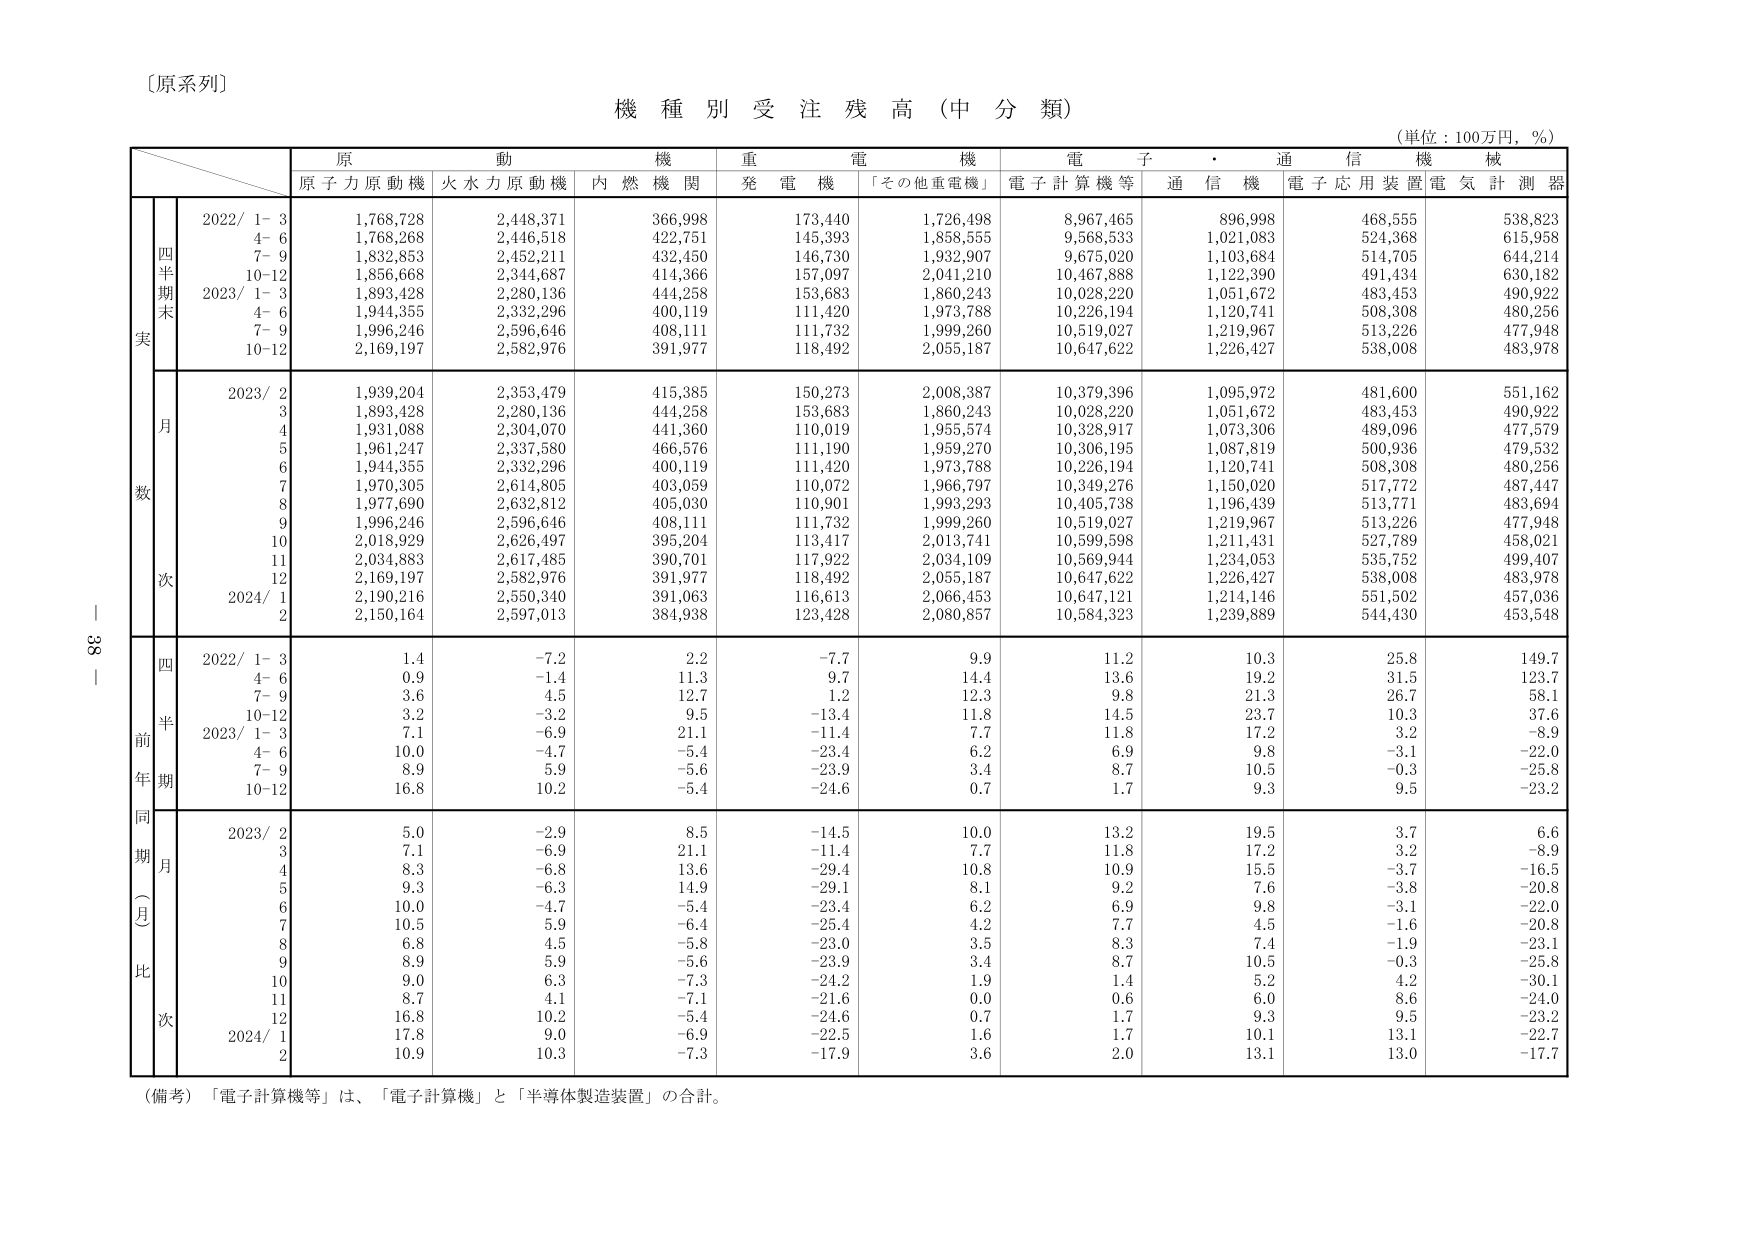
〔原系列〕

機種別受注残高（中分類）

（単位：100万円，％）

原動機　重電機　電子・通信機械
原子力原動機　火水力原動機　内燃機関　発電機　「その他重電機」　電子計算機等　通信機　電子応用装置　電気計測器

四半期末
実数
2022/ 1-3　1,768,728　2,448,371　366,998　173,440　1,726,498　8,967,465　896,998　468,555　538,823
　　　4-6　1,768,268　2,446,518　422,751　145,393　1,858,555　9,568,533　1,021,083　524,368　615,958
　　　7-9　1,832,853　2,452,211　432,450　146,730　1,932,907　9,675,020　1,103,684　514,705　644,214
　　　10-12　1,856,668　2,344,687　414,366　157,097　2,041,210　10,467,888　1,122,390　491,434　630,182
2023/ 1-3　1,893,428　2,280,136　444,258　153,683　1,860,243　10,028,220　1,051,672　483,453　490,922
　　　4-6　1,944,355　2,332,296　400,119　111,420　1,973,788　10,226,194　1,120,741　508,308　480,256
　　　7-9　1,996,246　2,596,646　408,111　111,732　1,999,260　10,519,027　1,219,967　513,226　477,948
　　　10-12　2,169,197　2,582,976　391,977　118,492　2,055,187　10,647,622　1,226,427　538,008　483,978

月次
2023/ 2　1,939,204　2,353,479　415,385　150,273　2,008,387　10,379,396　1,095,972　481,600　551,162
　　　3　1,893,428　2,280,136　444,258　153,683　1,860,243　10,028,220　1,051,672　483,453　490,922
　　　4　1,931,088　2,304,070　441,360　110,019　1,955,574　10,328,917　1,073,306　489,096　477,579
　　　5　1,961,247　2,337,580　466,576　111,190　1,959,270　10,306,195　1,087,819　500,936　479,532
　　　6　1,944,355　2,332,296　400,119　111,420　1,973,788　10,226,194　1,120,741　508,308　480,256
　　　7　1,970,305　2,614,805　403,059　110,072　1,966,797　10,349,276　1,150,020　517,772　487,447
　　　8　1,977,690　2,632,812　405,030　110,901　1,993,293　10,405,738　1,196,439　513,771　483,694
　　　9　1,996,246　2,596,646　408,111　111,732　1,999,260　10,519,027　1,219,967　513,226　477,948
　　　10　2,018,929　2,626,497　395,204　113,417　2,013,741　10,599,598　1,211,431　527,789　458,021
　　　11　2,034,883　2,617,485　390,701　117,922　2,034,109　10,569,944　1,234,053　535,752　499,407
　　　12　2,169,197　2,582,976　391,977　118,492　2,055,187　10,647,622　1,226,427　538,008　483,978
2024/ 1　2,190,216　2,550,340　391,063　116,613　2,066,453　10,647,121　1,214,146　551,502　457,036
　　　2　2,150,164　2,597,013　384,938　123,428　2,080,857　10,584,323　1,239,889　544,430　453,548

四半期前年同期比（月次）
2022/ 1-3　1.4　-7.2　2.2　-7.7　9.9　11.2　10.3　25.8　149.7
　　　4-6　0.9　-1.4　11.3　9.7　14.4　13.6　19.2　31.5　123.7
　　　7-9　3.6　4.5　12.7　1.2　12.3　9.8　21.3　26.7　58.1
　　　10-12　3.2　-3.2　9.5　-13.4　11.8　14.5　23.7　10.3　37.6
2023/ 1-3　7.1　-6.9　21.1　-11.4　7.7　11.8　17.2　3.2　-8.9
　　　4-6　10.0　-4.7　-5.4　-23.4　6.2　6.9　9.8　-3.1　-22.0
　　　7-9　8.9　5.9　-5.6　-23.9　3.4　8.7　10.5　-0.3　-25.8
　　　10-12　16.8　10.2　-5.4　-24.6　0.7　1.7　9.3　9.5　-23.2

同期月比
2023/ 2　5.0　-2.9　8.5　-14.5　10.0　13.2　19.5　3.7　6.6
　　　3　7.1　-6.9　21.1　-11.4　7.7　11.8　17.2　3.2　-8.9
　　　4　8.3　-6.8　13.6　-29.4　10.8　10.9　15.5　-3.7　-16.5
　　　5　9.3　-6.3　14.9　-29.1　8.1　9.2　7.6　-3.8　-20.8
　　　6　10.0　-4.7　-5.4　-23.4　6.2　6.9　9.8　-3.1　-22.0
　　　7　10.5　5.9　-6.4　-25.4　4.2　7.7　4.5　-1.6　-20.8
　　　8　6.8　4.5　-5.8　-23.0　3.5　8.3　7.4　-1.9　-23.1
　　　9　8.9　5.9　-5.6　-23.9　3.4　8.7　10.5　-0.3　-25.8
　　　10　9.0　6.3　-7.3　-24.2　1.9　1.4　5.2　4.2　-30.1
　　　11　8.7　4.1　-7.1　-21.6　0.0　0.6　6.0　8.6　-24.0
　　　12　16.8　10.2　-5.4　-24.6　0.7　1.7　9.3　9.5　-23.2
2024/ 1　17.8　9.0　-6.9　-22.5　1.6　1.7　10.1　13.1　-22.7
　　　2　10.9　10.3　-7.3　-17.9　3.6　2.0　13.1　13.0　-17.7

（備考）「電子計算機等」は、「電子計算機」と「半導体製造装置」の合計。